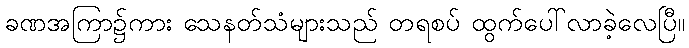
ခဏအကြာ၌ကား သေနတ်သံများသည် တရစပ် ထွက်ပေါ်လာခဲ့လေပြီ။